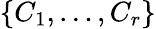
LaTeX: \{ C_{1},\ldots,C_{r}\}